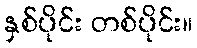
နှစ်ပိုင်း တစ်ပိုင်း။